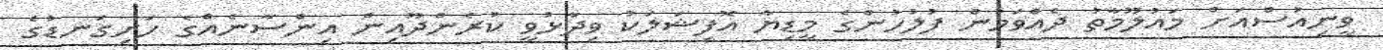
ވީނިއުސްއަށް މައުލޫމާތު ދެއްވަމުން ފުލުހުންގެ މީޑިޔާ އޮފިޝަލަކު ވިދާޅުވީ ކުރެންދޫއިން އިންސާނެއްގެ ހަށިގަނޑުގެ